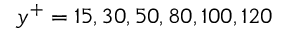
y ^ { + } = 1 5 , 3 0 , 5 0 , 8 0 , 1 0 0 , 1 2 0